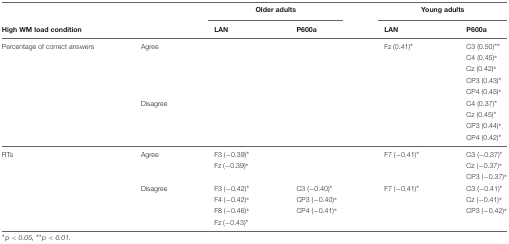
<table><thead><tr><td colspan="2"></td><td colspan="2"><b>Older adults</b></td><td colspan="2"><b>Young adults</b></td></tr><tr><td colspan="2"><b>High WM load condition</b></td><td><b>LAN</b></td><td><b>P600a</b></td><td><b>LAN</b></td><td><b>P600a</b></td></tr></thead><tbody><tr><td>Percentage of correct answers</td><td>Agree</td><td></td><td></td><td>Fz (0.41)<sup>∗</sup></td><td>C3 (0.50)<sup>∗∗</sup></td></tr><tr><td></td><td></td><td></td><td></td><td></td><td>C4 (0.45)<sup>∗</sup></td></tr><tr><td></td><td></td><td></td><td></td><td></td><td>Cz (0.42)<sup>∗</sup></td></tr><tr><td></td><td></td><td></td><td></td><td></td><td>CP3 (0.43)<sup>∗</sup></td></tr><tr><td></td><td></td><td></td><td></td><td></td><td>CP4 (0.45)<sup>∗</sup></td></tr><tr><td></td><td>Disagree</td><td></td><td></td><td></td><td>C4 (0.37)<sup>∗</sup></td></tr><tr><td></td><td></td><td></td><td></td><td></td><td>Cz (0.45)<sup>∗</sup></td></tr><tr><td></td><td></td><td></td><td></td><td></td><td>CP3 (0.44)<sup>∗</sup></td></tr><tr><td></td><td></td><td></td><td></td><td></td><td>CP4 (0.42)<sup>∗</sup></td></tr><tr><td>RTs</td><td>Agree</td><td>F3 (-0.39)<sup>∗</sup></td><td></td><td>F7 (-0.41)<sup>∗</sup></td><td>C3 (-0.37)<sup>∗</sup></td></tr><tr><td></td><td></td><td>Fz (-0.39)<sup>∗</sup></td><td></td><td></td><td>Cz (-0.37)<sup>∗</sup></td></tr><tr><td></td><td></td><td></td><td></td><td></td><td>CP3 (-0.37)<sup>∗</sup></td></tr><tr><td></td><td>Disagree</td><td>F3 (-0.42)<sup>∗</sup></td><td>C3 (-0.40)<sup>∗</sup></td><td>F7 (-0.41)<sup>∗</sup></td><td>C3 (-0.41)<sup>∗</sup></td></tr><tr><td></td><td></td><td>F4 (-0.42)<sup>∗</sup></td><td>CP3 (-0.40)<sup>∗</sup></td><td></td><td>Cz (-0.41)<sup>∗</sup></td></tr><tr><td></td><td></td><td>F8 (-0.46)<sup>∗</sup></td><td>CP4 (-0.41)<sup>∗</sup></td><td></td><td>CP3 (-0.42)<sup>∗</sup></td></tr><tr><td></td><td></td><td>Fz (-0.43)<sup>∗</sup></td><td></td><td></td><td></td></tr></tbody></table>